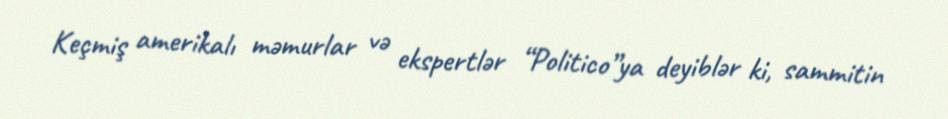
Keçmiş amerikalı məmurlar və ekspertlər “Politico”ya deyiblər ki, sammitin